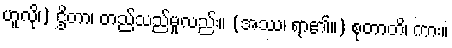
ဟူလို၊) ဌိတာ၊ တည်သည်မူလည်း။ (အဿ၊ ရာ၏။) စုတာတိ၊ ကား။